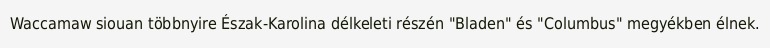
Waccamaw siouan többnyire Észak-Karolina délkeleti részén "Bladen" és "Columbus" megyékben élnek.